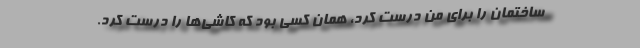
ساختمان را برای من درست کرد، همان کسی بود که کاشی‌ها را درست کرد.